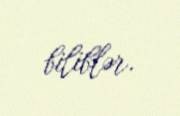
biliblər.